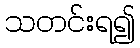
သတင်းရ၍